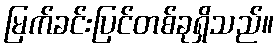
မြက်ခင်းပြင်တစ်ခုရှိသည်။